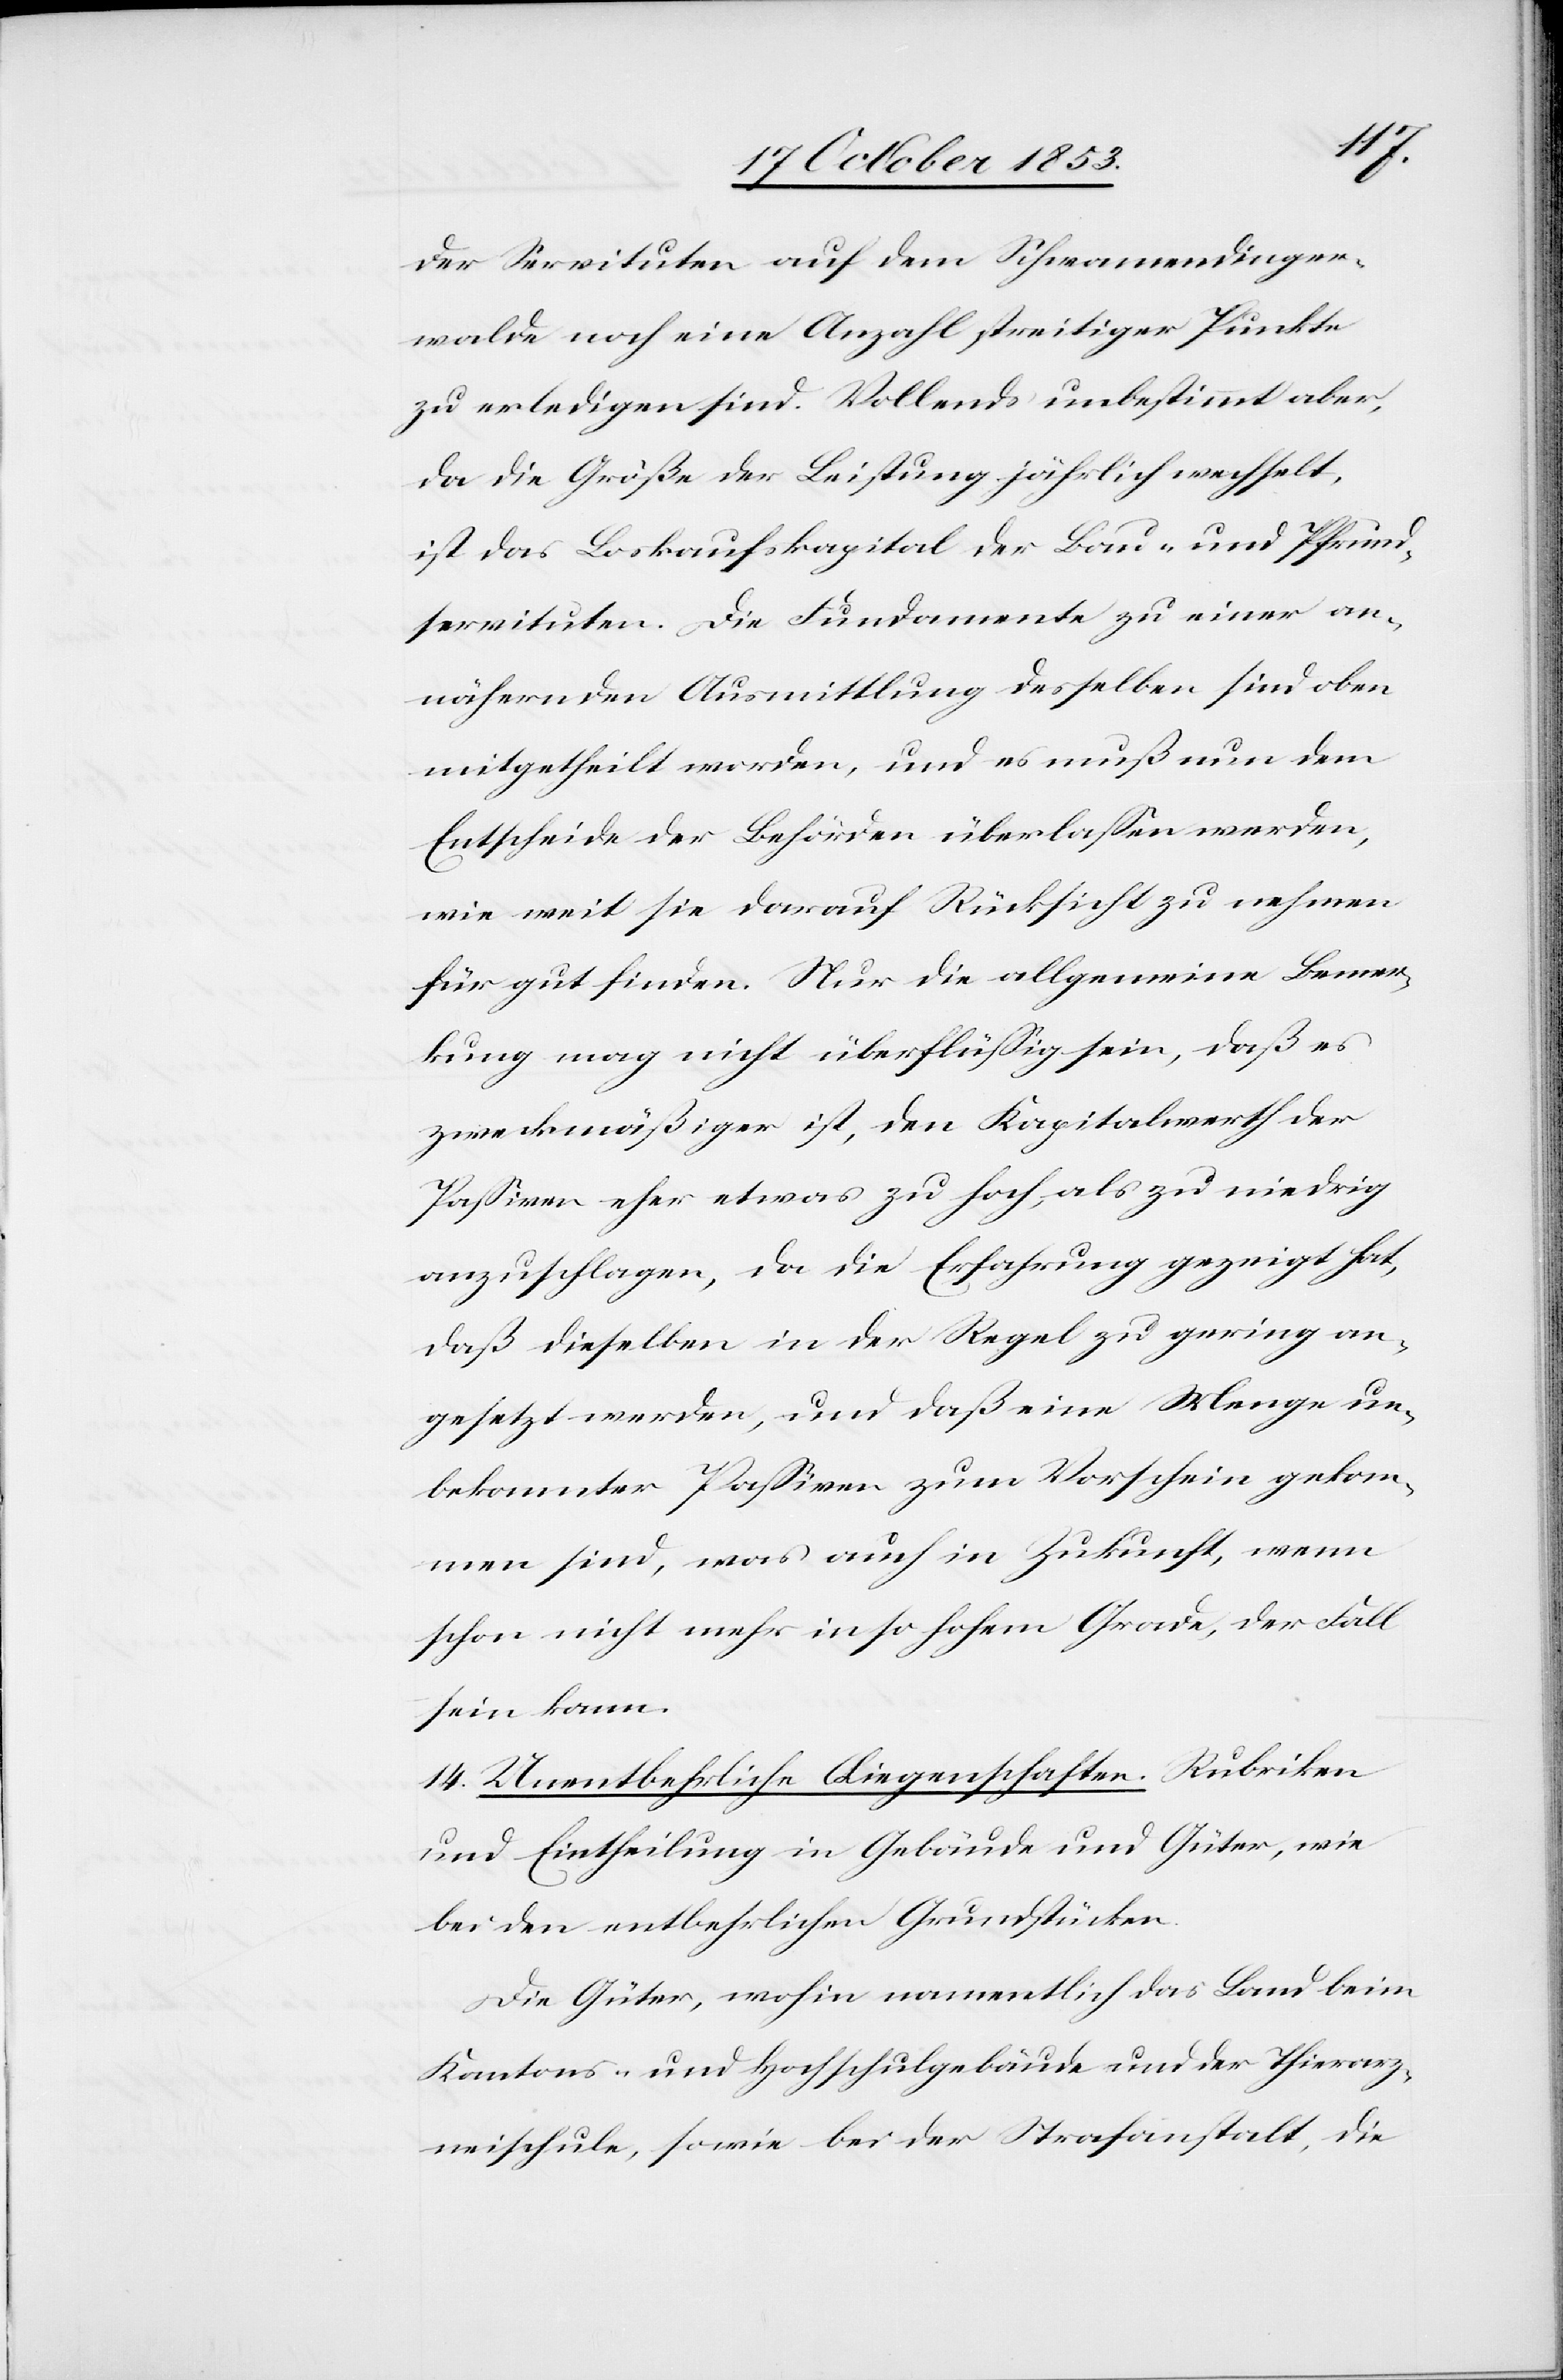
der Servituten auf dem Schwamendinger¬
walde noch eine Anzahl streitiger Punkte
zu erledigen sind. Vollends unbestimmt aber,
da die Größe der Leistung jährlich wechselt,
ist das Loskaufskapital der Bau- und Pfrund¬
servituten. Die Fundamente zu einer an¬
nähernden Ausmittlung desselben sind oben
mitgetheilt worden, und es muß nun dem
Entscheide der Behörden überlaßen werden,
wie weit sie darauf Rücksicht zu nehmen
für gut finden. Nur die allgemeine Bemer¬
kung mag nicht überflüßig sein, daß es
zweckmäßiger ist, den Kapitalwerth der
Paßiven eher etwas zu hoch, als zu niedrig
anzuschlagen, da die Erfahrung gezeigt hat,
daß dieselben in der Regel zu gering an¬
gesetzt werden, und daß eine Menge un¬
bekannter Paßiven zum Vorschein gekom¬
men sind, was auch in Zukunft, wenn
schon nicht mehr in so hohem Grade, der Fall
sein kann.
14. Unentbehrliche Liegenschaften. Rubriken
und Eintheilung in Gebäude und Güter, wie
bei den entbehrlichen Grundstücken.
Die Güter, wohin namentlich das Land beim
Kantons- und Hochschulgebäude und der Thierarz¬
neischule, sowie bei der Strafanstalt, die